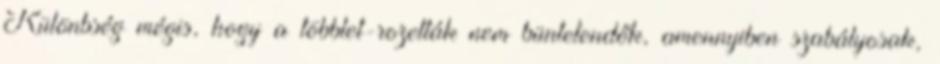
Különbség mégis, hogy a többlet-rozetták nem büntetendők, amennyiben szabályosak,